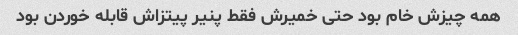
همه چیزش خام بود حتی خمیرش فقط پنیر پیتزاش قابله خوردن بود